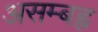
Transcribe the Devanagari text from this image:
असम्बह्व